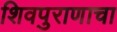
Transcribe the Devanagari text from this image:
शिवपुराणाचा